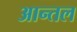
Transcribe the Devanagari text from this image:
आन्तल